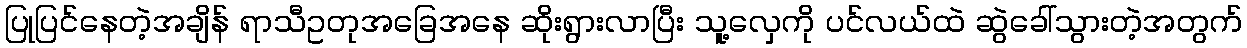
ပြုပြင်နေတဲ့အချိန် ရာသီဥတုအခြေအနေ ဆိုးရွားလာပြီး သူ့လှေကို ပင်လယ်ထဲ ဆွဲခေါ်သွားတဲ့အတွက်